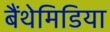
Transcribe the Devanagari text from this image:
बैंथेमिडिया